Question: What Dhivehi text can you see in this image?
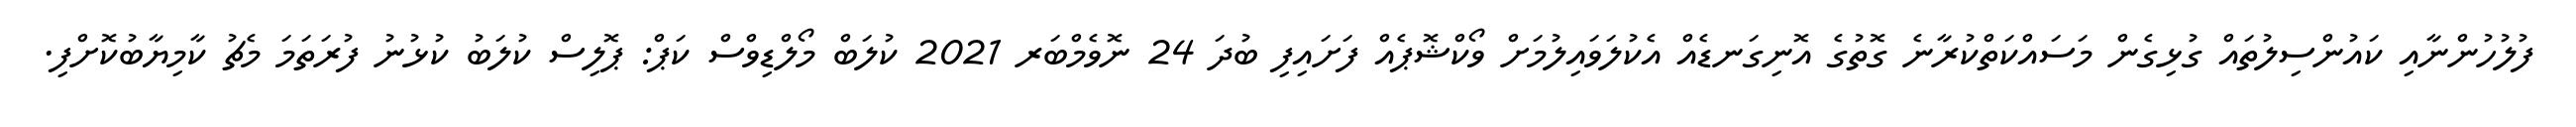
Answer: ފުލުހުންނާއި ކައުންސިލުތައް ގުޅިގެން މަސައްކަތްކުރާނެ ގޮތުގެ އޮނިގަނޑެއް އެކުލަވައިލުމަށް ވޯކްޝޮޕެއް ފަށައިފި ބުދަ 24 ނޮވެމްބަރ 2021 ކުލަބް މޯލްޑިވްސް ކަޕް: ޕޮލިސް ކުލަބު ކުޅުނު ފުރަތަމަ މެޗު ކާމިޔާބުކޮށްފި.